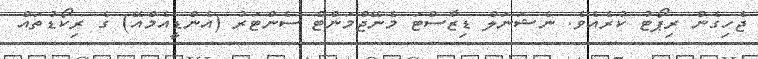
ޖެހިގެން ރިޕޯޓު ކުރެއެވެ. ނެޝަނަލް ޑިޒާސްޓަ މެނޭޖްމަންޓް ސެންޓަރު (އެންޑީއެމްއޭ) ގެ ރިކޯޑުތައް